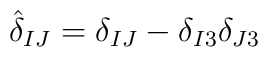
{\hat\delta}_{IJ} = \delta_{IJ} - \delta_{I3}\delta_{J3}